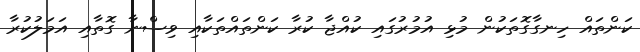
ކަންތައް ހިނގާގޮތަކުން މުޅި އުމުރުގައި ކުއްޖާ ކުރާ ކަންތައްތަކާއި ވިސްނާ ގޮތާއި އަމަލުކުރާ